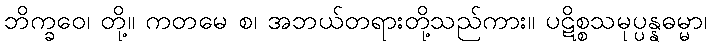
ဘိက္ခဝေ၊ တို့။ ကတမေ စ၊ အဘယ်တရားတို့သည်ကား။ ပဋိစ္စသမုပ္ပန္နဓမ္မာ၊